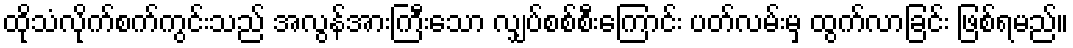
ထိုသံလိုက်စက်ကွင်းသည် အလွန်အားကြီးသော လျှပ်စစ်စီးကြောင်း ပတ်လမ်းမှ ထွက်လာခြင်း ဖြစ်ရမည်။